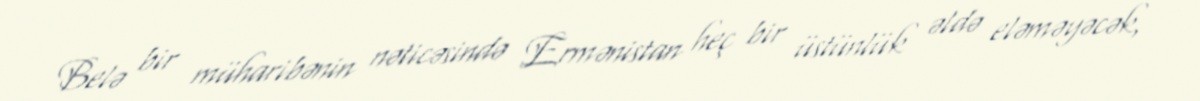
Belə bir müharibənin nəticəsində Ermənistan heç bir üstünlük əldə eləməyəcək,